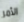
الأمر